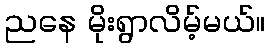
ညနေ မိုးရွာလိမ့်မယ်။